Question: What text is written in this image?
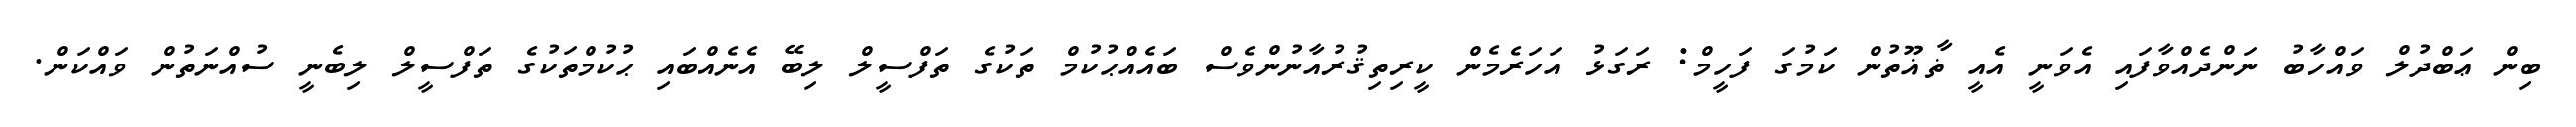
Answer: ބިން ޢަބްދުލް ވައްހާބު ނަންދެއްވާފައި އެވަނީ އެއީ ޡާޣޫތުން ކަމުގަ ފަހީމް: ރަގަޅު އަހަރެމެން ކީރިތިޤުރުއާނުންވެސް ބައެއްޙުކުމް ތަކުގެ ތަފްސީލް ލިބޭ އެނެއްބައި ޙުކުމްތަކުގެ ތަފްސީލް ލިބެނީ ސުއްނަތުން ވައްކަން.